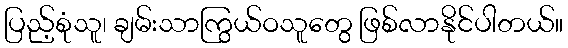
ပြည့်စုံသူ၊ ချမ်းသာကြွယ်ဝသူတွေ ဖြစ်လာနိုင်ပါတယ်။